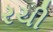
રચી